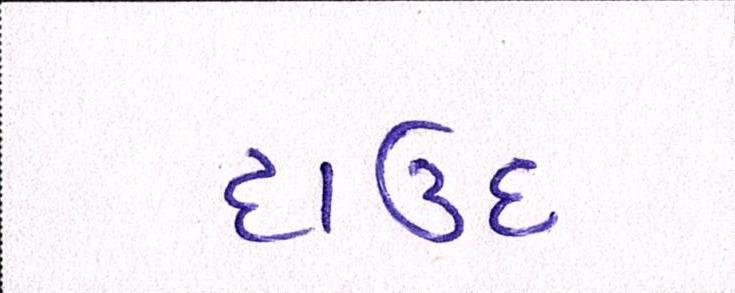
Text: દાઉદ